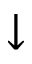
\downarrow